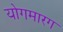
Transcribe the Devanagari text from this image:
योगमारग